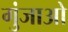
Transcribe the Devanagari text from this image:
गुंजाओ